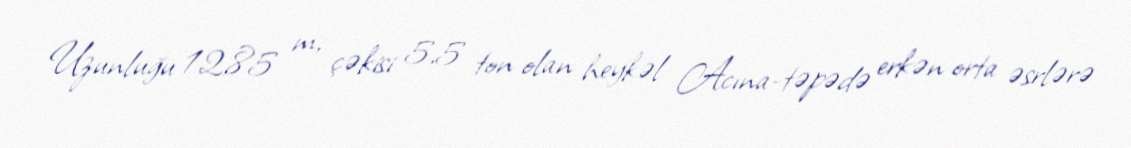
Uzunluğu 12,85 m, çəkisi 5,5 ton olan heykəl Acına-təpədə erkən orta əsrlərə